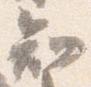
知